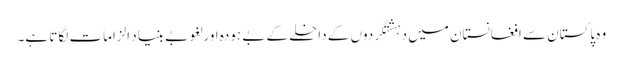
وہ پاکستان سے افغانستان میں دہشتگردوں کے داخلے کے بے ہودہ اور لغو بے بنیاد الزامات لگاتا ہے۔